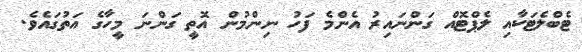
ޓެބްލެޓަކާއި ލެޕްޓޮއް ގަންނައިރު އެންމެ ފަހު ނިންމުން އޮތީ ގަންނަ މީހާގެ އަތުގައެވެ.